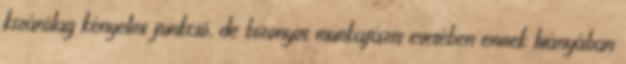
kizárólag kényelmi funkció, de bizonyos munkafázis esetében ennek hiányában